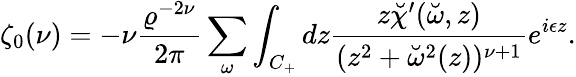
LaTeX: \zeta_{0}(\nu)=-\nu{\frac{\varrho^{-2\nu}}{2\pi}}\sum_{\omega}\int_{C_{+}}dz{\frac{z\breve{\chi}^{\prime}(\breve{\omega},z)}{(z^{2}+\breve{\omega}^{2}(z))^{\nu+1}}}e^{i\epsilon z}.